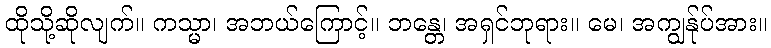
ထိုသို့ဆိုလျက်။ ကသ္မာ၊ အဘယ်ကြောင့်။ ဘန္တေ၊ အရှင်ဘုရား။ မေ၊ အကျွန်ုပ်အား။